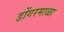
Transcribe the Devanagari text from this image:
डोंगरमाळा